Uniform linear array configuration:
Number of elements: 4
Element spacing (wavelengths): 0.75
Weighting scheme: cosine
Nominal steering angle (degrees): -45
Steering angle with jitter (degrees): -43.983
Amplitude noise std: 0.05
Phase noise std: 0.05

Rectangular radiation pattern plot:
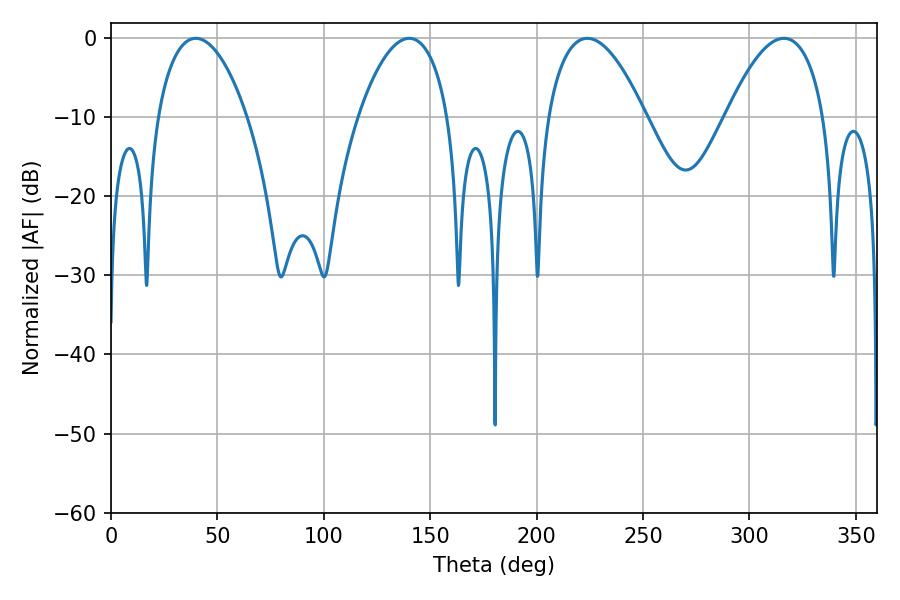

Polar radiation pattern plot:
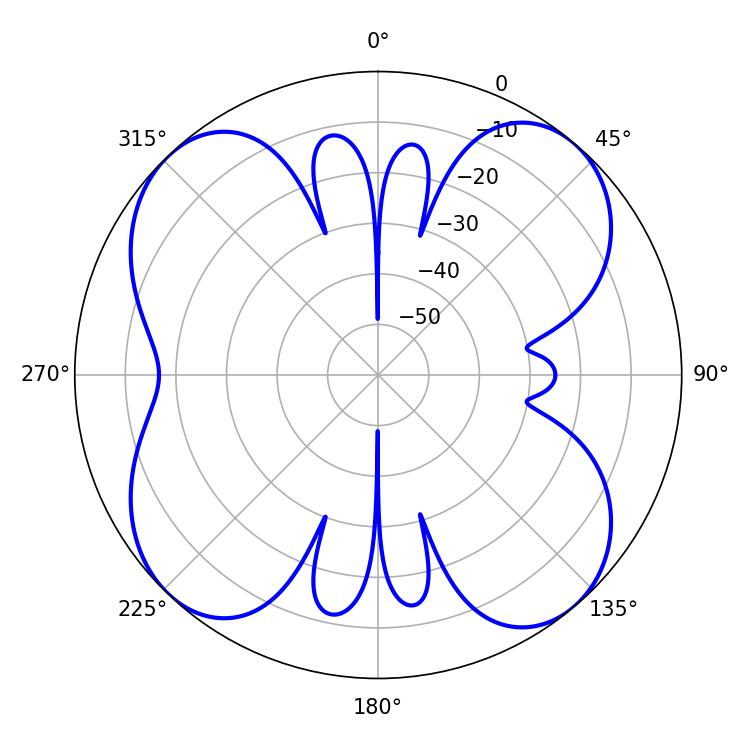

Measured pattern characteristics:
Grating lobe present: TRUE
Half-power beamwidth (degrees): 25.38
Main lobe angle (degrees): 223.74